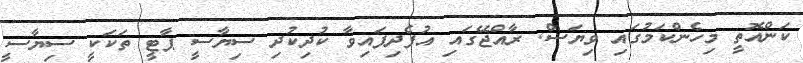
ކަންއޮތީ މިހެންކަމުގައި ވިޔަސް